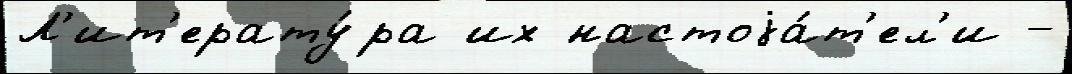
Л'ит'ерату́ра их настоjа́т'ел'и -